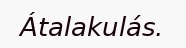
Átalakulás.